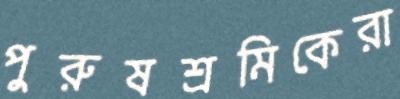
পুরুষশ্রমিকেরা